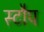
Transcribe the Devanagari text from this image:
स्टौप